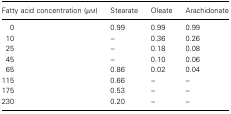
| Fatty acid concentration(μm) | Stearate | Oleate | Arachidonate |
 | --- | --- | --- | --- |
 | 0 | 0.99 | 0.99 | 0.99 |
 | 10 | – | 0.36 | 0.26 |
 | 25 | – | 0.18 | 0.08 |
 | 45 | – | 0.10 | 0.06 |
 | 65 | 0.86 | 0.02 | 0.04 |
 | 115 | 0.66 | – | – |
 | 175 | 0.53 | – | – |
 | 230 | 0.20 | – | – |